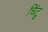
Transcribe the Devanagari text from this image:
चिंटु